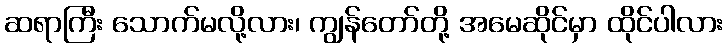
ဆရာကြီး သောက်မလို့လား၊ ကျွန်တော်တို့ အမေဆိုင်မှာ ထိုင်ပါလား